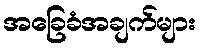
အခြေခံအချက်များ